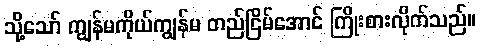
သို့သော် ကျွန်မကိုယ်ကျွန်မ တည်ငြိမ်အောင် ကြိုးစားလိုက်သည်။